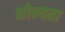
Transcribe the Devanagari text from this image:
क्षोभ्यता